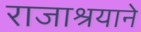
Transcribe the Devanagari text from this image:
राजाश्रयाने